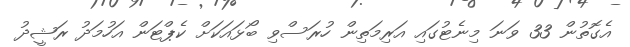
އެގޮތުން 33 ވަނަ މިނެޓުގައި އަރިމަތިން ހުރަސްވި ބޯޅައަކަށް ކެޕްޓަން އަހުމަދު ރަޝީދު